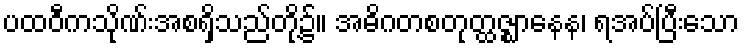
ပထဝီကသိုဏ်းအစရှိသည်တို့၌။ အဓိဂတစတုတ္ထဇ္ဈာနေန၊ ရအပ်ပြီးသော